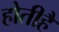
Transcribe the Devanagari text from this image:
होतीहै